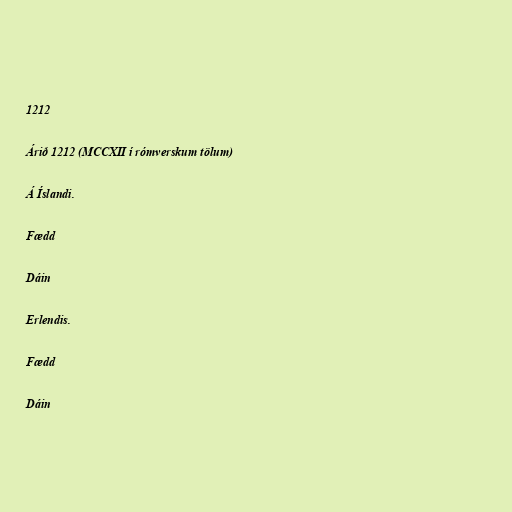
1212

Árið 1212 (MCCXII í rómverskum tölum)

Á Íslandi.

Fædd

Dáin

Erlendis.

Fædd

Dáin